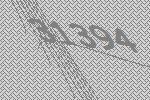
31394